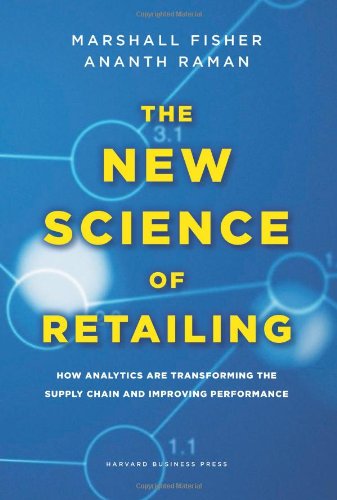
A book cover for The New Science of Retailing: How Analytics are Transforming the Supply Chain and Improving Performance; Marshall Fisher; Business & Money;